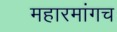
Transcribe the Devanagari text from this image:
महारमांगच